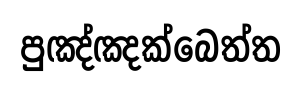
පුඤ්ඤක්බෙත්ත